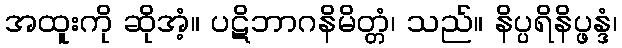
အထူးကို ဆိုအံ့။ ပဋိဘာဂနိမိတ္တံ၊ သည်။ နိပ္ပရိနိပ္ဖန္ဒံ၊